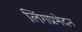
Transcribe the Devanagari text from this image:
लिंगप्रभेदन